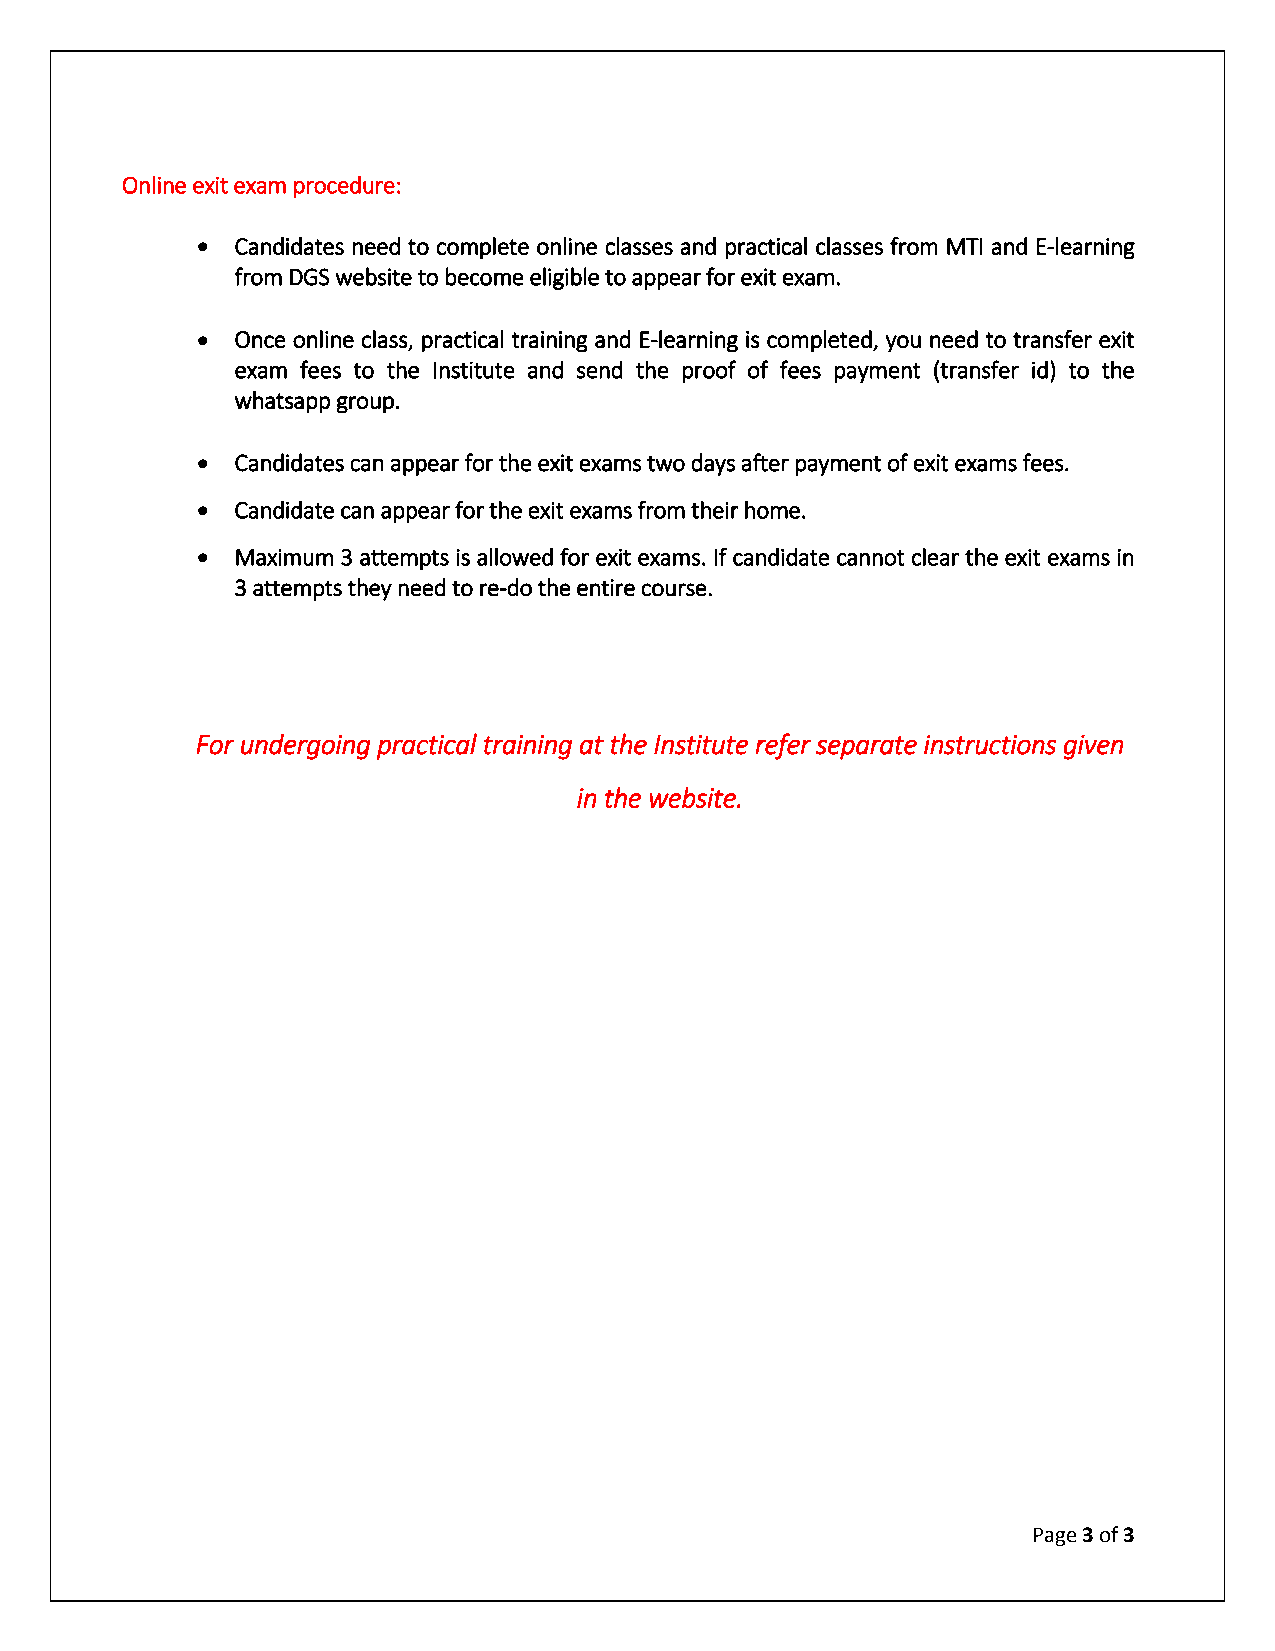
Online exit exam procedure:
   Candidates need to complete online classes and practical classes from MTI and E-learning
 from DGS website to become eligible to appear for exit exam.
   Once online class, practical training and E-learning is completed, you need to transfer exit
 exam fees to the Institute and send the proof of fees payment (transfer id) to the
 whatsapp group.
   Candidates can appear for the exit exams two days after payment of exit exams fees.
   Candidate can appear for the exit exams from their home.
   Maximum 3 attempts is allowed for exit exams. If candidate cannot clear the exit exams in
 3 attempts they need to re-do the entire course.
 For undergoing practical training at the Institute refer separate instructions given
 in the website.
 Page 3 of 3